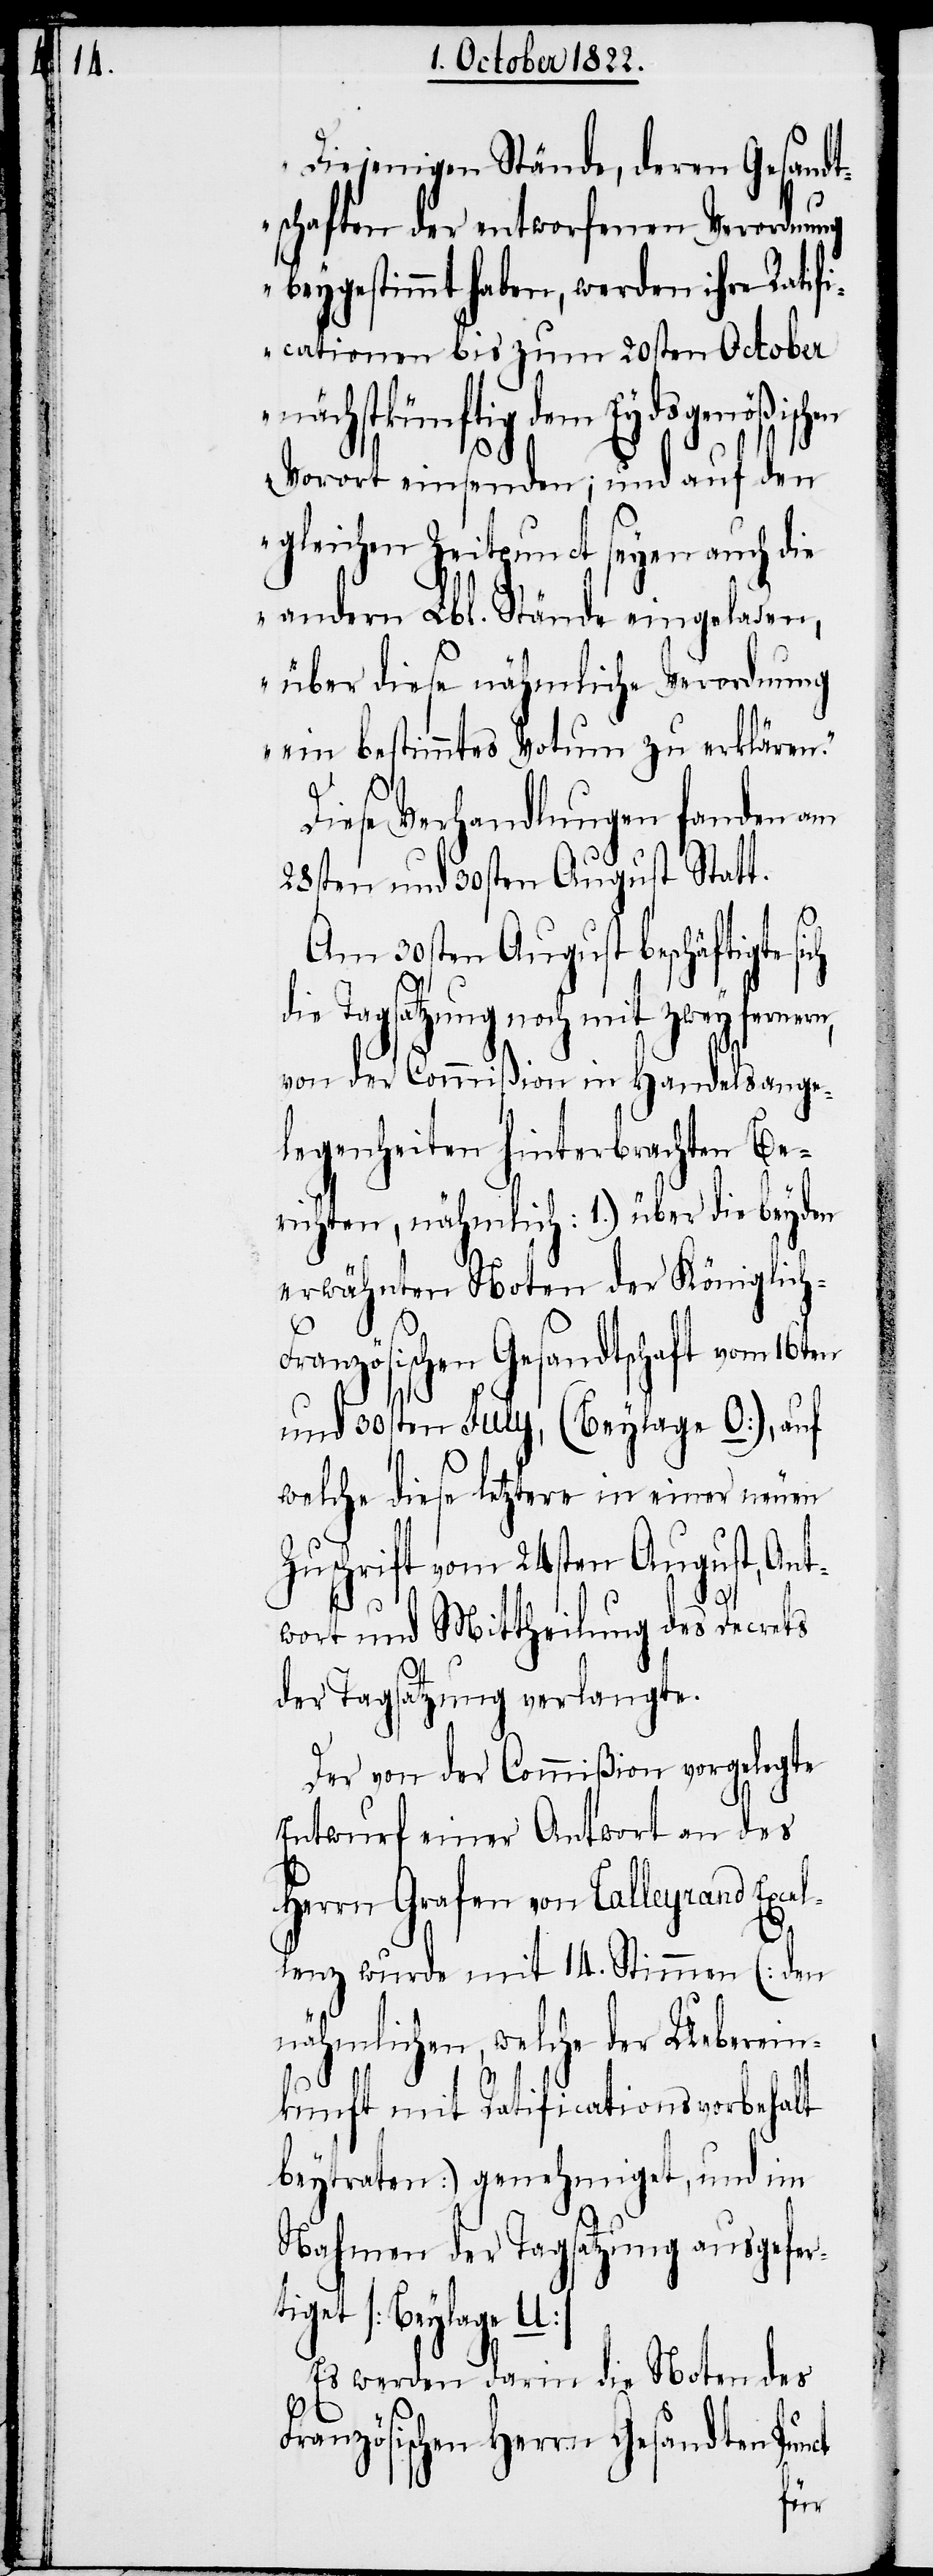
„Diejenigen Stände, deren Gesandt¬
schaften der entworfenen Verordnung
beygestimmt haben, werden ihre Ratif¬
icationen bis zum 20sten October
nächstkünftig dem Eydsgenößisc¬
Vorort einsenden; und auf den
gleichen Zeitpunct seyen auch die
andern Lbl. Stände eingeladen,
über diese nähmliche Verordnung
ein bestimmtes Votum zu erklären.“
Diese Verhandlungen fanden am
28sten und 30sten August Statt.
Am 30sten August beschäftigte
die Tagsatzung noch mit zwey fernern,
von der Commißion in Handelsange¬
legenheiten hinterbrachten Be¬
richten, nähmlich: 1.) über die beyden
erwähnten Noten der Königlic¬
ranzösischen Gesandtschaft vom 16t¬
und 30sten July, (Beylage O), auf
welche diese letztere in einer neuen
Zuschrift vom 24sten August, Ant¬
wort und Mittheilung des Decrets
der Tagsatzung verlangte.
Der von der Commißion vorgelegte
Entwurf einer Antwort an des
Herrn Grafen von Talleyrand Excel¬
[N¬
oten] wurde mit 14. Stimmen (den
nähmlichen, welche der Ueberein¬
kunft mit Ratificationsvorbehalt
beytraten) genehmiget, und im
Nahmen der Tagsatzung ausgefer¬
tiget [Beylage
Es werden darin die Noten des
Französischen Herrn Gesandten Pun¬
ct